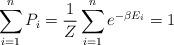
LaTeX: \begin{align*} \sum_{i=1}^n P_i = \frac{1}{Z} \sum_{i=1}^n e^{-\beta E_i} = 1\end{align*}